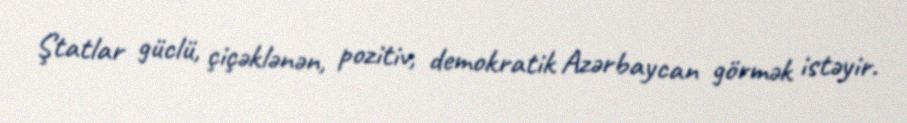
Ştatlar güclü, çiçәklәnәn, pozitiv, demokratik Azәrbaycan görmәk istәyir.